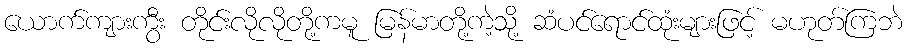
ယောက်ကျားကွီး တိုင်းလိုလိုတို့ကမူ မြန်မာတို့ကဲ့သို့ ဆံပင်ရောင်ထုံးများဖြင့် မဟုတ်ကြဘဲ